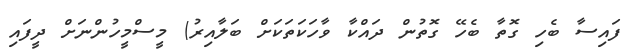
ފައިސާ ބެހި ގޮތާ ބެހޭ ގޮތުން ދައްކާ ވާހަކަތަކަށް ބަލާއިރު) މީސްމީހުންނަށް ދީފައި